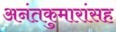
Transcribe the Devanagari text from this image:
अनंतकुमारांसह